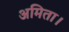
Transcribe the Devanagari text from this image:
अमिता।